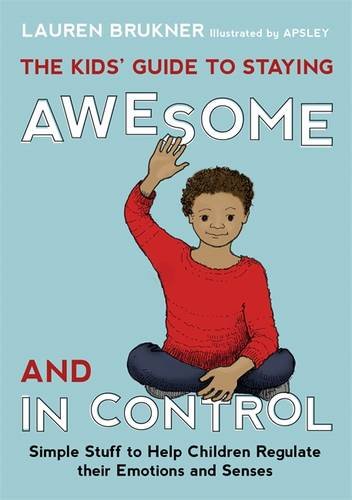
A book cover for The Kids' Guide to Staying Awesome and In Control: Simple Stuff to Help Children Regulate their Emotions and Senses; Lauren Brukner; Parenting & Relationships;